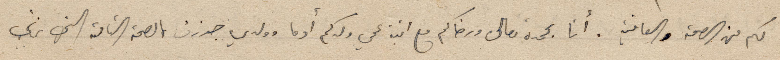
لكم من الصحة والعافية. أنا بحمده تعالى ورضاكم مع ابنة عمي ولدكم أدما وولدي جوزف بالصحة التامة التي نرغب